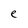
Character: e